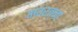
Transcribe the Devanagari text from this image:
नवरत्ना